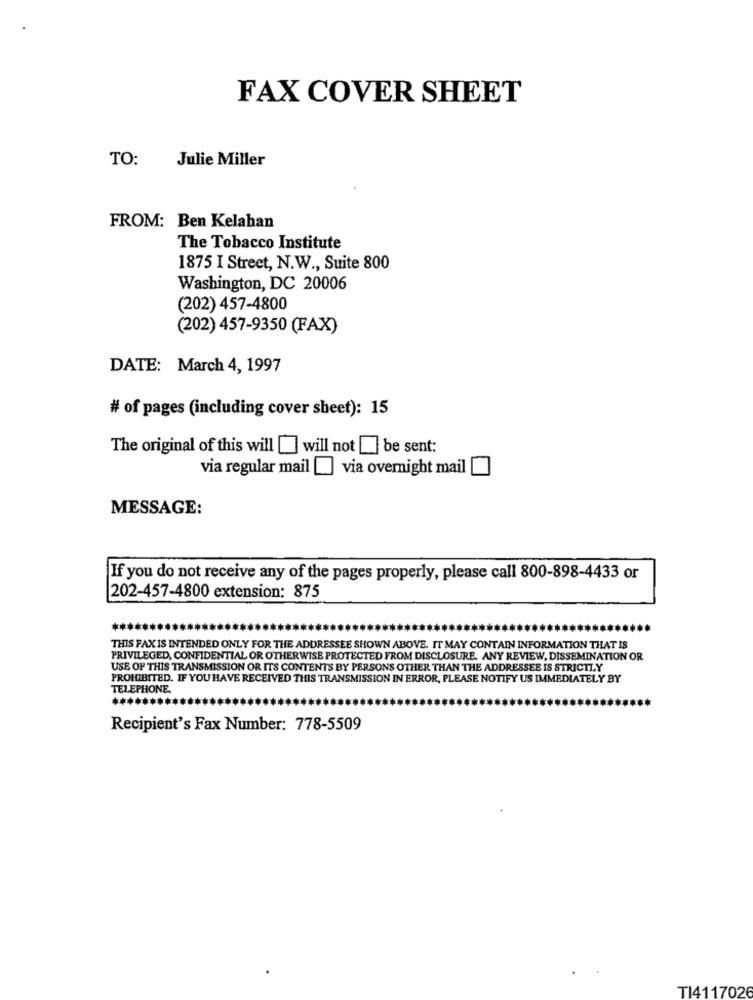
FAX COVER SHEET
TO:
Julie Miller
FROM: Ben Kelahan
The Tobacco Institute
1875 I Street, N.W ., Suite 800
Washington, DC 20006
(202) 457-4800
(202) 457-9350 (FAX)
DATE: March 4, 1997
# of pages (including cover sheet): 15
The original of this will [] will not be sent:
via regular mail ] via overnight mail
MESSAGE:
If you do not receive any of the pages properly, please call 800-898-4433 or
202-457-4800 extension: 875
THIS FAXIS INTENDED ONLY FOR THE ADDRESSEE SHOWN ABOVE. IT MAY CONTAIN INFORMATION THAT IS
PRIVILEGED, CONFIDENTIAL OR OTHERWISE PROTECTED FROM DISCLOSURE. ANY REVIEW, DISSEMINATION OR
USE OF THIS TRANSMISSION OR ITS CONTENTS BY PERSONS OTHER THAN THE ADDRESSEE IS STRICTLY
PROHIBITED. IF YOU HAVE RECEIVED THIS TRANSMISSION IN ERROR, PLEASE NOTIFY US IMMEDIATELY BY
TELEPHONE.
Recipient's Fax Number: 778-5509
TI4117026